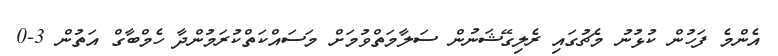
އެންމެ ފަހުން ކުޅުނު މެޗުގައި ރެލިގޭޝަނުން ސަލާމަތްވުމަށް މަސައްކަތްކުރަމުންދާ ހެމްބާގް އަތުން 3-0